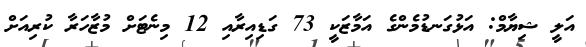
އަލީ ޝިޔާމް: އަޅުގަނޑުމެންގެ އަމާޒަކީ 73 ގަޑިއިރާއި 12 މިނެޓަށް މުޒާހަރާ ކުރިއަށް